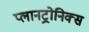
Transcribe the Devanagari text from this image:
प्लानट्रोनिक्स